画像に写った文字を読んでください
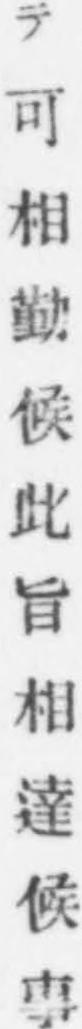
「テ可相勤候此旨相達候事」と書いてあります